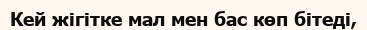
Кей жігітке мал мен бас көп бітеді,